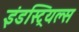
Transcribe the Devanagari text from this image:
इंडस्ट्रियल्स